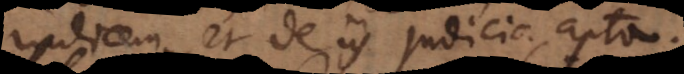
indicem, et de iis judicia apta.